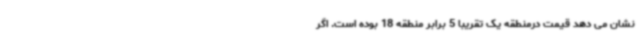
نشان می دهد قیمت درمنطقه یک تقریبا 5 برابر منطقه 18 بوده است. اگر